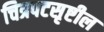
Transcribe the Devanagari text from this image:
चित्रपटसृष्टील